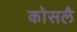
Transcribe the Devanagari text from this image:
कोसलै